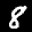
Label: 8